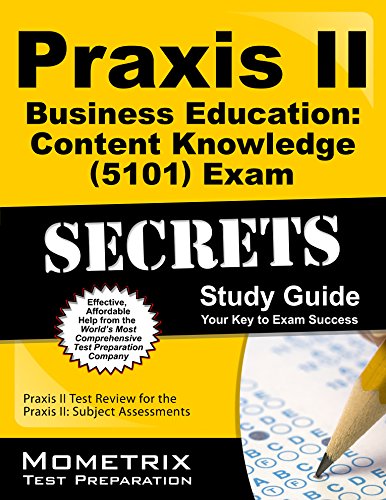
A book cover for Praxis II Business Education: Content Knowledge (5101) Exam Secrets Study Guide: Praxis II Test Review for the Praxis II: Subject Assessments; Praxis II Exam Secrets Test Prep Team; Test Preparation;